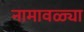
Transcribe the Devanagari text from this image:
नामावळ्या